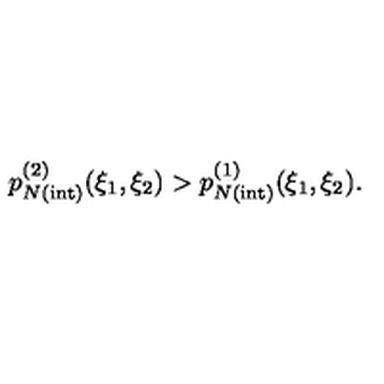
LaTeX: p _ { N { \mathrm { ( i n t ) } } } ^ { ( 2 ) } ( \xi _ { 1 } , \xi _ { 2 } ) > p _ { N { \mathrm { ( i n t ) } } } ^ { ( 1 ) } ( \xi _ { 1 } , \xi _ { 2 } ) .